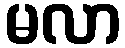
မလာ